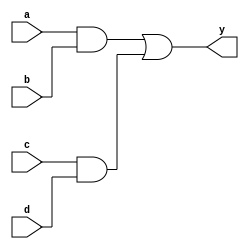
/**********************************************************
*** Description: 4
***
**********************************************************/
module ao2(y, a, b, c, d);
    output y;
    input a, b, c, d;
    reg y, tmp1, tmp2;

    always @(a or b or c or d) begin
        tmp1 = a & b;
        tmp2 = c & d;
        y = tmp1 | tmp2;
    end
endmodule